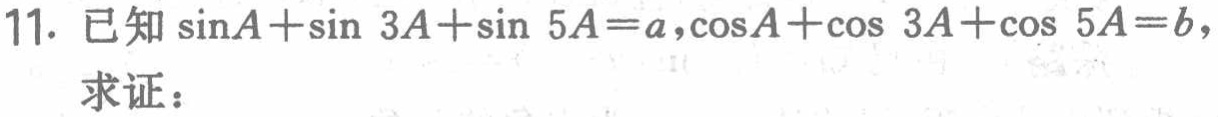
已知\(\sin A+\sin 3A+\sin 5A = a,\cos A+\cos 3A+\cos 5A = b\)，

求证：